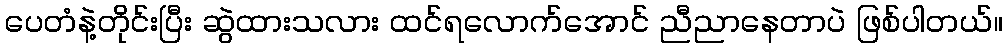
ပေတံနဲ့တိုင်းပြီး ဆွဲထားသလား ထင်ရလောက်အောင် ညီညာနေတာပဲ ဖြစ်ပါတယ်။